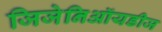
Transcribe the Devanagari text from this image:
जिजेनिऑयडीज